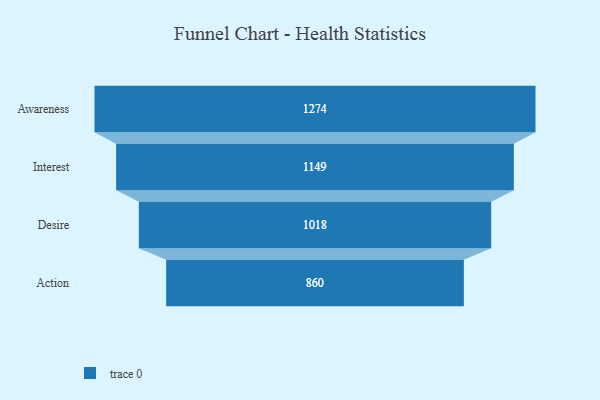
{"axis": {"x": "Stage", "y": "Value"}, "legend": [""], "data": [{"x": "Awareness", "y": 1274.0, "type": ""}, {"x": "Interest", "y": 1149.0, "type": ""}, {"x": "Desire", "y": 1018.0, "type": ""}, {"x": "Action", "y": 860.0, "type": ""}]}